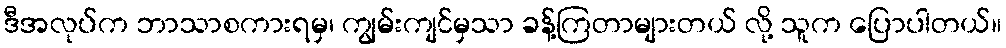
ဒီအလုပ်က ဘာသာစကားရမှ၊ ကျွမ်းကျင်မှသာ ခန့်ကြတာများတယ် လို့ သူက ပြောပါတယ်။